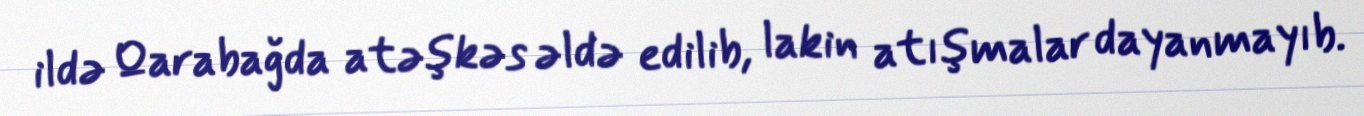
ildə Qarabağda atəşkəs əldə edilib, lakin atışmalar dayanmayıb.